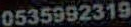
0535992319